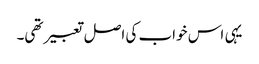
یہی اس خواب کی اصل تعبیر تھی۔